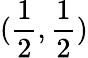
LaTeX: (\frac{1}{2},\frac{1}{2})